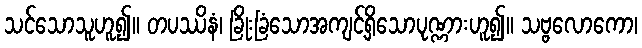
သင်သောသူဟူ၍။ တပဿိနံ၊ ခြိုးခြံသောအကျင့်ရှိသောပုဏ္ဏားဟူ၍။ သဗ္ဗလောကော၊